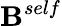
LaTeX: \mathbf{B}^{self}